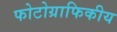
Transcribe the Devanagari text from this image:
फोटोग्राफिकीय